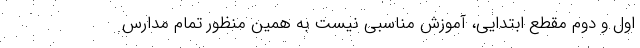
اول و دوم مقطع ابتدایی، آموزش مناسبی نیست به همین منظور تمام مدارس